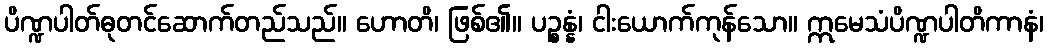
ပိဏ္ဍပါတ်ဓုတင်ဆောက်တည်သည်။ ဟောတိ၊ ဖြစ်၏။ ပဉ္စန္နံ၊ ငါးယောက်ကုန်သော။ ဣမေသံပိဏ္ဍပါတိကာနံ၊